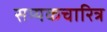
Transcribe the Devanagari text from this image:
सम्यकचारित्र